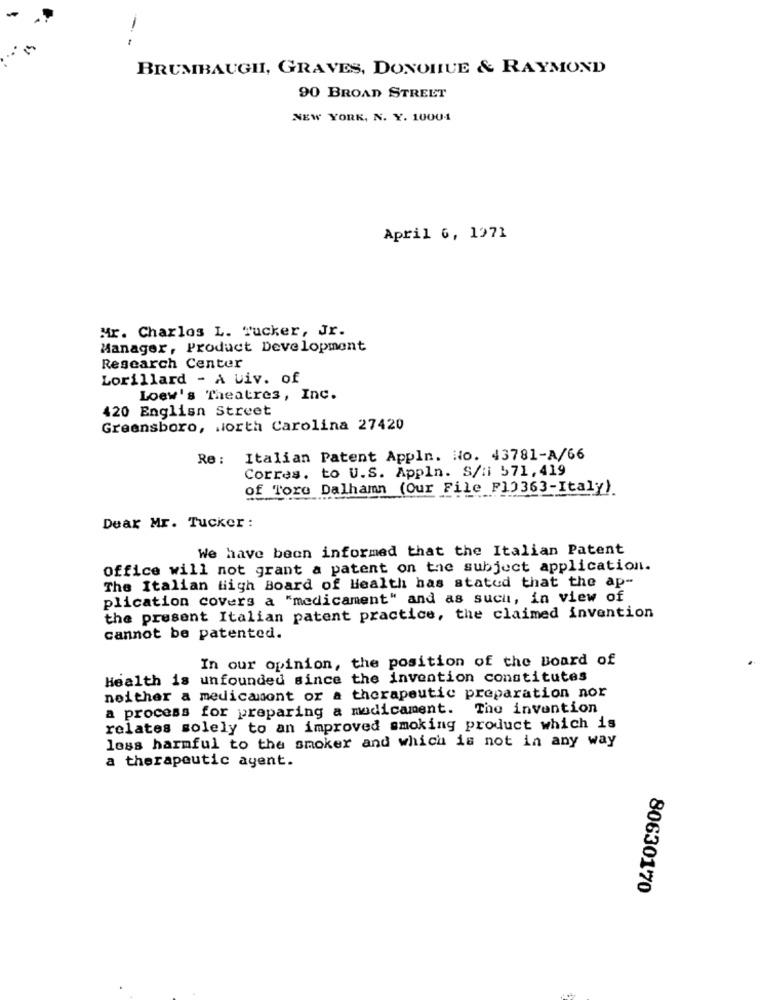
-
BRUMBAUGH, GRAVES, DONOHUE & RAYMOND
90 BROAD STREET
NEW YORK, N. Y. 10001
April 6, 1971
Mr. Charles L. Tucker, Jr.
Manager, Product Development
Research Center
Lorillard - A uiv. of
Loew's Theatres, Inc.
420 English Street
Greensboro, North Carolina 27420
Re: Italian Patent Appln. No. 43781-A/66
Corres. to U.S. Appln. S/: 571,419
of Tore Dalhamn (Our File F13363-Italy).
Dear Mr. Tucker :
We have been informed that the Italian Patent
office will not grant a patent on the subject application.
The Italian High Board of Health has stated that the ap-
plication covers a "medicament" and as such, in view of
the present Italian patent practice, the claimed invention
cannot be patented.
In our opinion, the position of the Board of
Health is unfounded since the invention constitutes
neither a medicamont or a therapeutic preparation nor
a process for preparing a modicament. The invention
relates solely to an improved smoking product which is
less harmful to the smoker and which is not in any way
a therapeutic ayent.
80630170